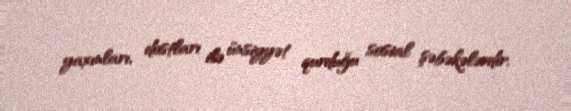
yaxınları, dostları ilə ünsiyyət qurduğu sosial şəbəkələrdir.